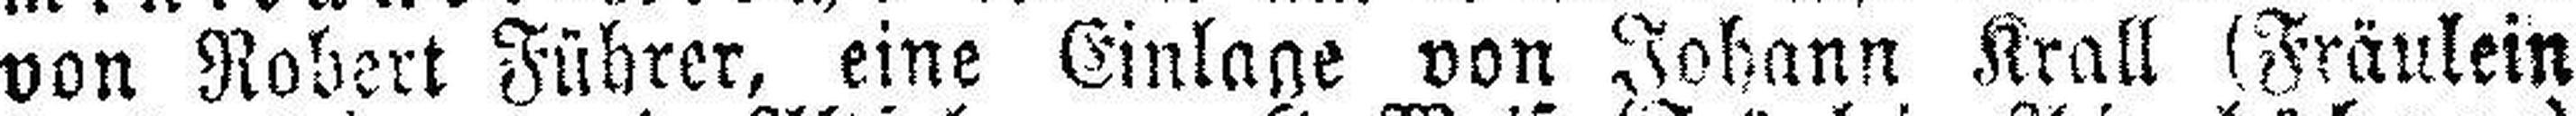
von Robert Führer, eine Einlage von Johann Krall (Fräulein